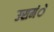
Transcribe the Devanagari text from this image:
उसमंे